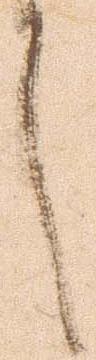
言